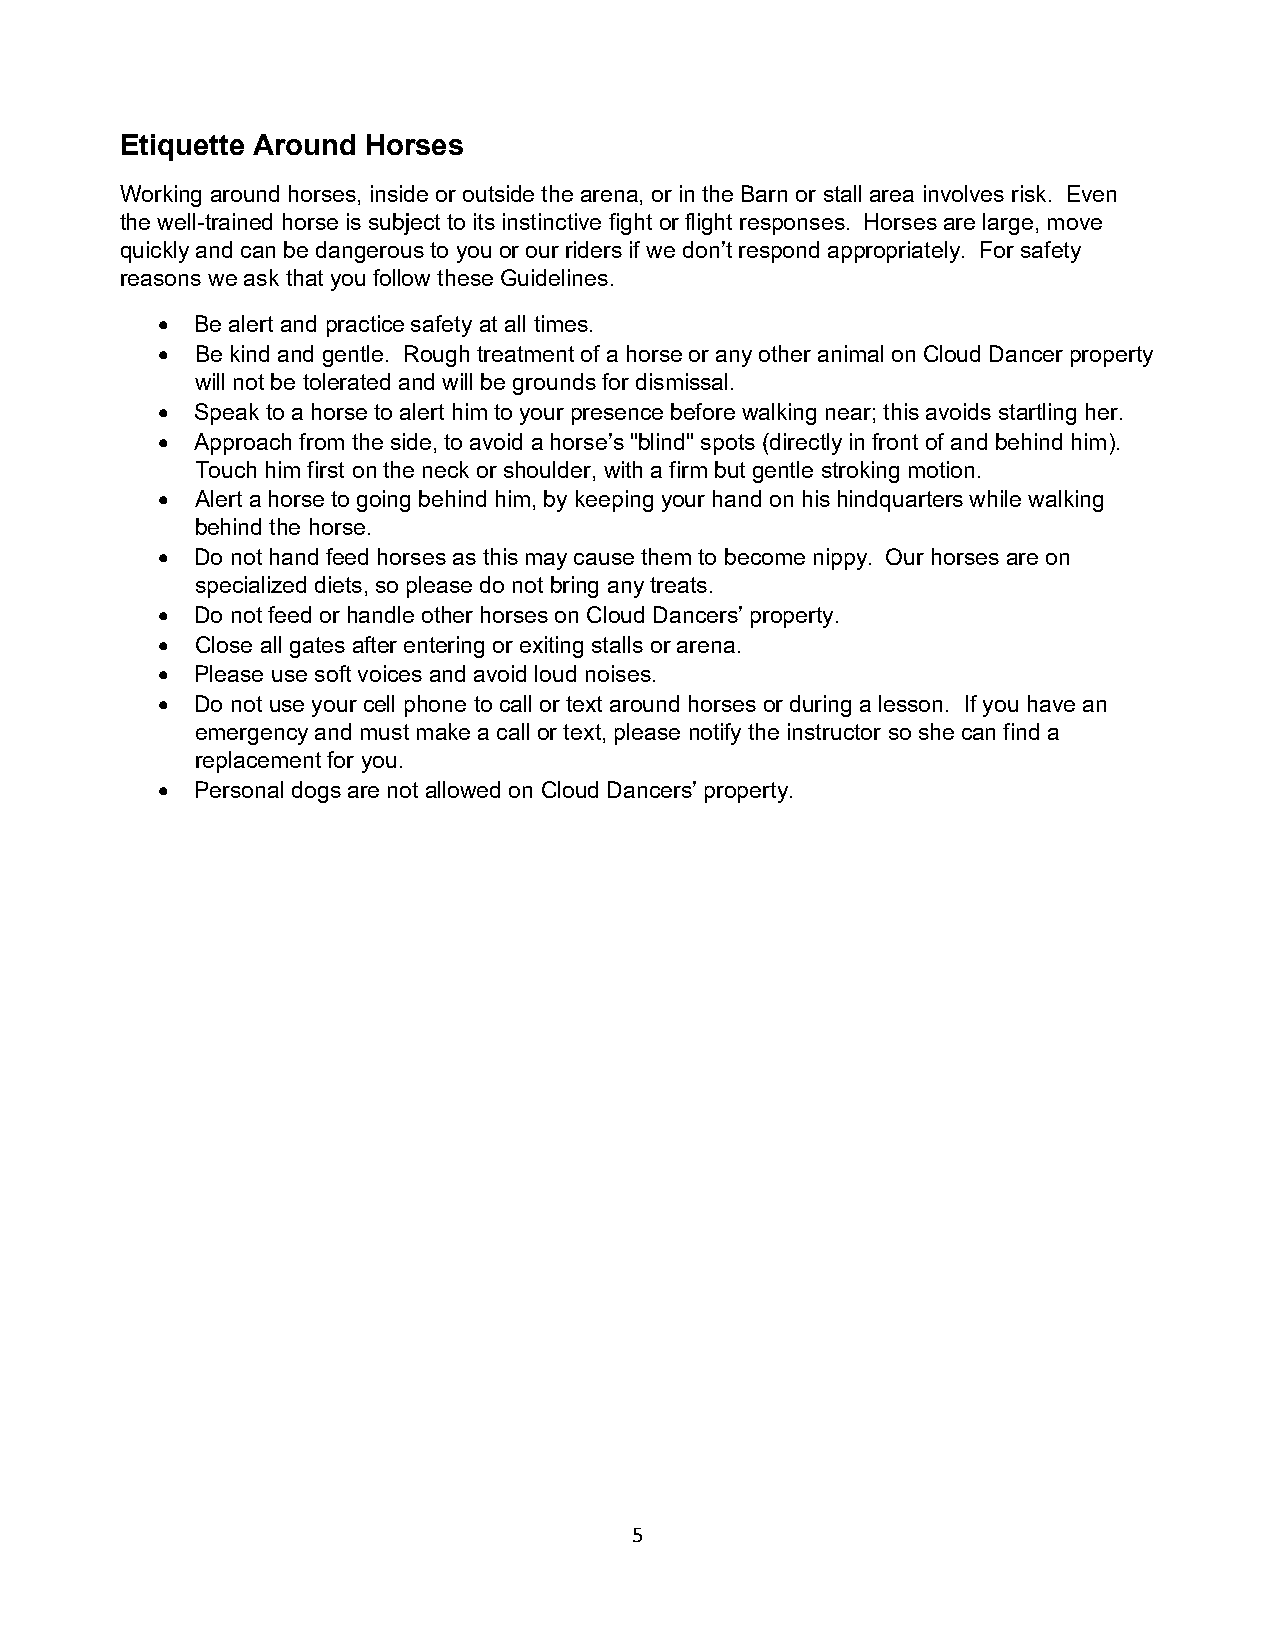
Etiquette Around Horses
 Working around horses, inside or outside the arena, or in the Barn or stall area involves risk. Even
 the well-trained horse is subject to its instinctive fight or flight responses. Horses are large, move
 quickly and can be dangerous to you or our riders if we don’t respond appropriately. For safety
 reasons we ask that you follow these Guidelines.
   Be alert and practice safety at all times.
   Be kind and gentle. Rough treatment of a horse or any other animal on Cloud Dancer property
 will not be tolerated and will be grounds for dismissal.
   Speak to a horse to alert him to your presence before walking near; this avoids startling her.
   Approach from the side, to avoid a horse’s "blind" spots (directly in front of and behind him).
 Touch him first on the neck or shoulder, with a firm but gentle stroking motion.
   Alert a horse to going behind him, by keeping your hand on his hindquarters while walking
 behind the horse.
   Do not hand feed horses as this may cause them to become nippy. Our horses are on
 specialized diets, so please do not bring any treats.
   Do not feed or handle other horses on Cloud Dancers’ property.
   Close all gates after entering or exiting stalls or arena.
   Please use soft voices and avoid loud noises.
   Do not use your cell phone to call or text around horses or during a lesson. If you have an
 emergency and must make a call or text, please notify the instructor so she can find a
 replacement for you.
   Personal dogs are not allowed on Cloud Dancers’ property.
 5